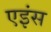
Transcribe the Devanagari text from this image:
एइंस